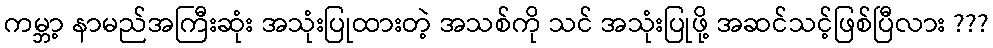
ကမ္ဘာ့ နာမည်အကြီးဆုံး အသုံးပြုထားတဲ့ အသစ်ကို သင် အသုံးပြုဖို့ အဆင်သင့်ဖြစ်ပြီလား ???